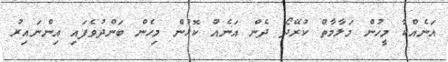
އަނެއްކާ މީހުން މަލާމާތް ކުރޭދޯ ދެން އަނެއް ކޮޅުން މިހެން ބަންދުވެފައި އިންނައިރު